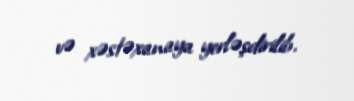
və xəstəxanaya yerləşdirilib.